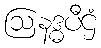
ဩနဒ္ဓပီဌံ